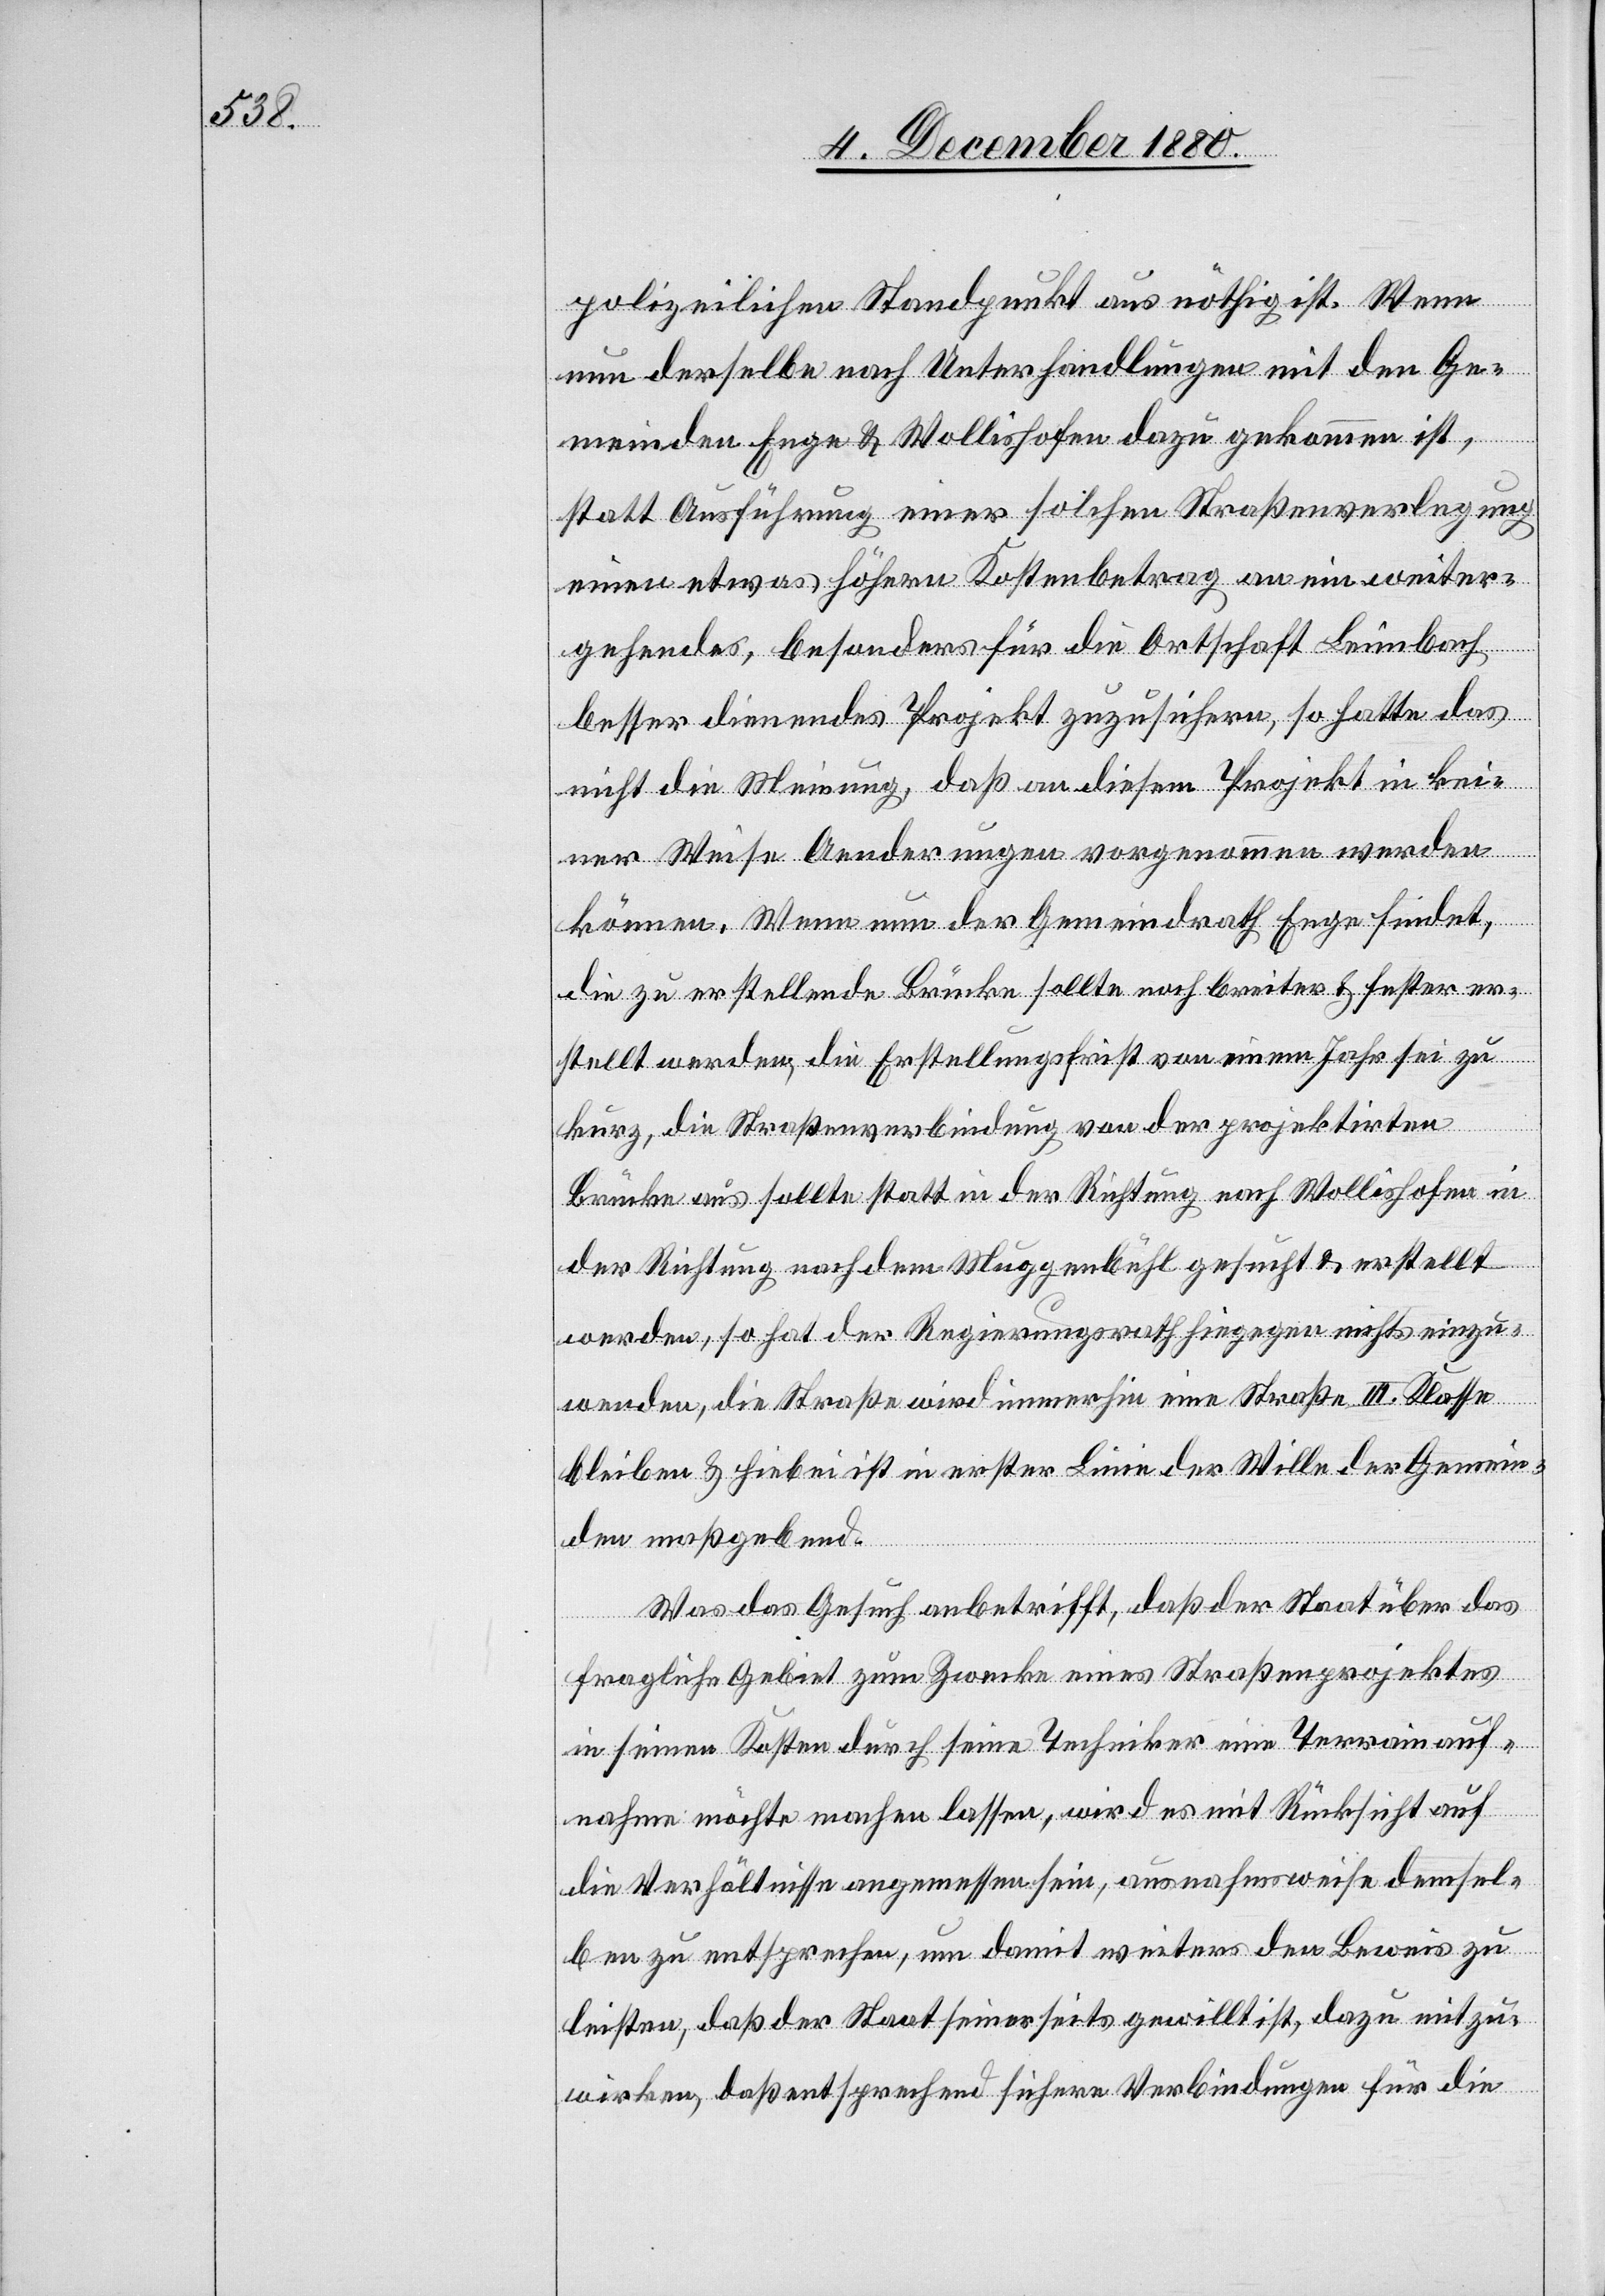
polizeilichen Standpunkt aus nöthig ist. Wenn
nun derselbe nach Unterhandlungen mit den Ge¬
meinden Enge & Wollishofen dazu gekommen ist,
statt Ausführung einer solchen Straßenverlegung
einen etwas höhern Kostenbetrag an eine weiter¬
gehendes, besonders für die Ortschaft Leimbach
besser dienendes Projekt zusichern, so hatte das
nicht die Meinung, daß an diesem Projekt in kei¬
ner Weise Aenderungen vorgenommen werden
könne. Wenn nun der Gemeindrath Enge findet,
die zu erstellende Brücke sollte noch breiter & fester er¬
stellt werden, die Erstellungsfrist von einem Jahr sei zu
kurz, die Straßenverbindung von der projektirten
Brücke aus sollte statt in der Richtung nach Wollishofen in
der Richtung nach dem Muggenbühl gesucht & erstellt
werden, so hat der Regierungsrath hiegegen nichts einzu¬
wenden, die Straße wird immerhin eine Straße III. Klasse
bleiben & hiebei ist in erster Linie der Wille der Gemein¬
den maßgebend.
Was das Gesuch anbetrifft, daß der Staat über das
fragliche Gebiet zum Zwecke eines Straßenprojektes
in seinen Kosten durch seine Techniker eine Terrainauf¬
nahme möchte machen lassen, wird es mit Rücksicht auf
die Verhältnisse angemessen sein, ausnahmsweise demsel¬
ben zu entsprechen, um damit weiters den Beweis zu
leisten, daß der Staat seinerseits gewillt ist, dazu mitzu¬
wirken, daß entsprechend sichere Verbindungen für die